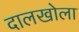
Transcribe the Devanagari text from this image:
दालखोला